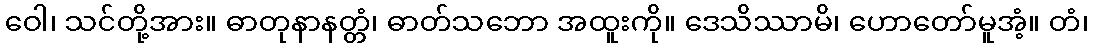
ဝေါ၊ သင်တို့အား။ ဓာတုနာနတ္တံ၊ ဓာတ်သဘော အထူးကို။ ဒေသိဿာမိ၊ ဟောတော်မူအံ့။ တံ၊